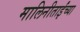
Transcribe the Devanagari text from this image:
मालिनीताईंच्या